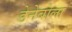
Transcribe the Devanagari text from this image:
डेनेबोला